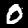
Digit: 0